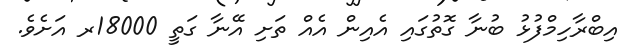
އިބްރާހިމްފުޅު ބުނާ ގޮތުގައި އެއިން އެއް ތަށި އޭނާ ގަތީ 18000ރ އަށެވެ.